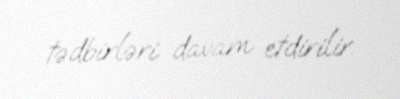
tədbirləri davam etdirilir.